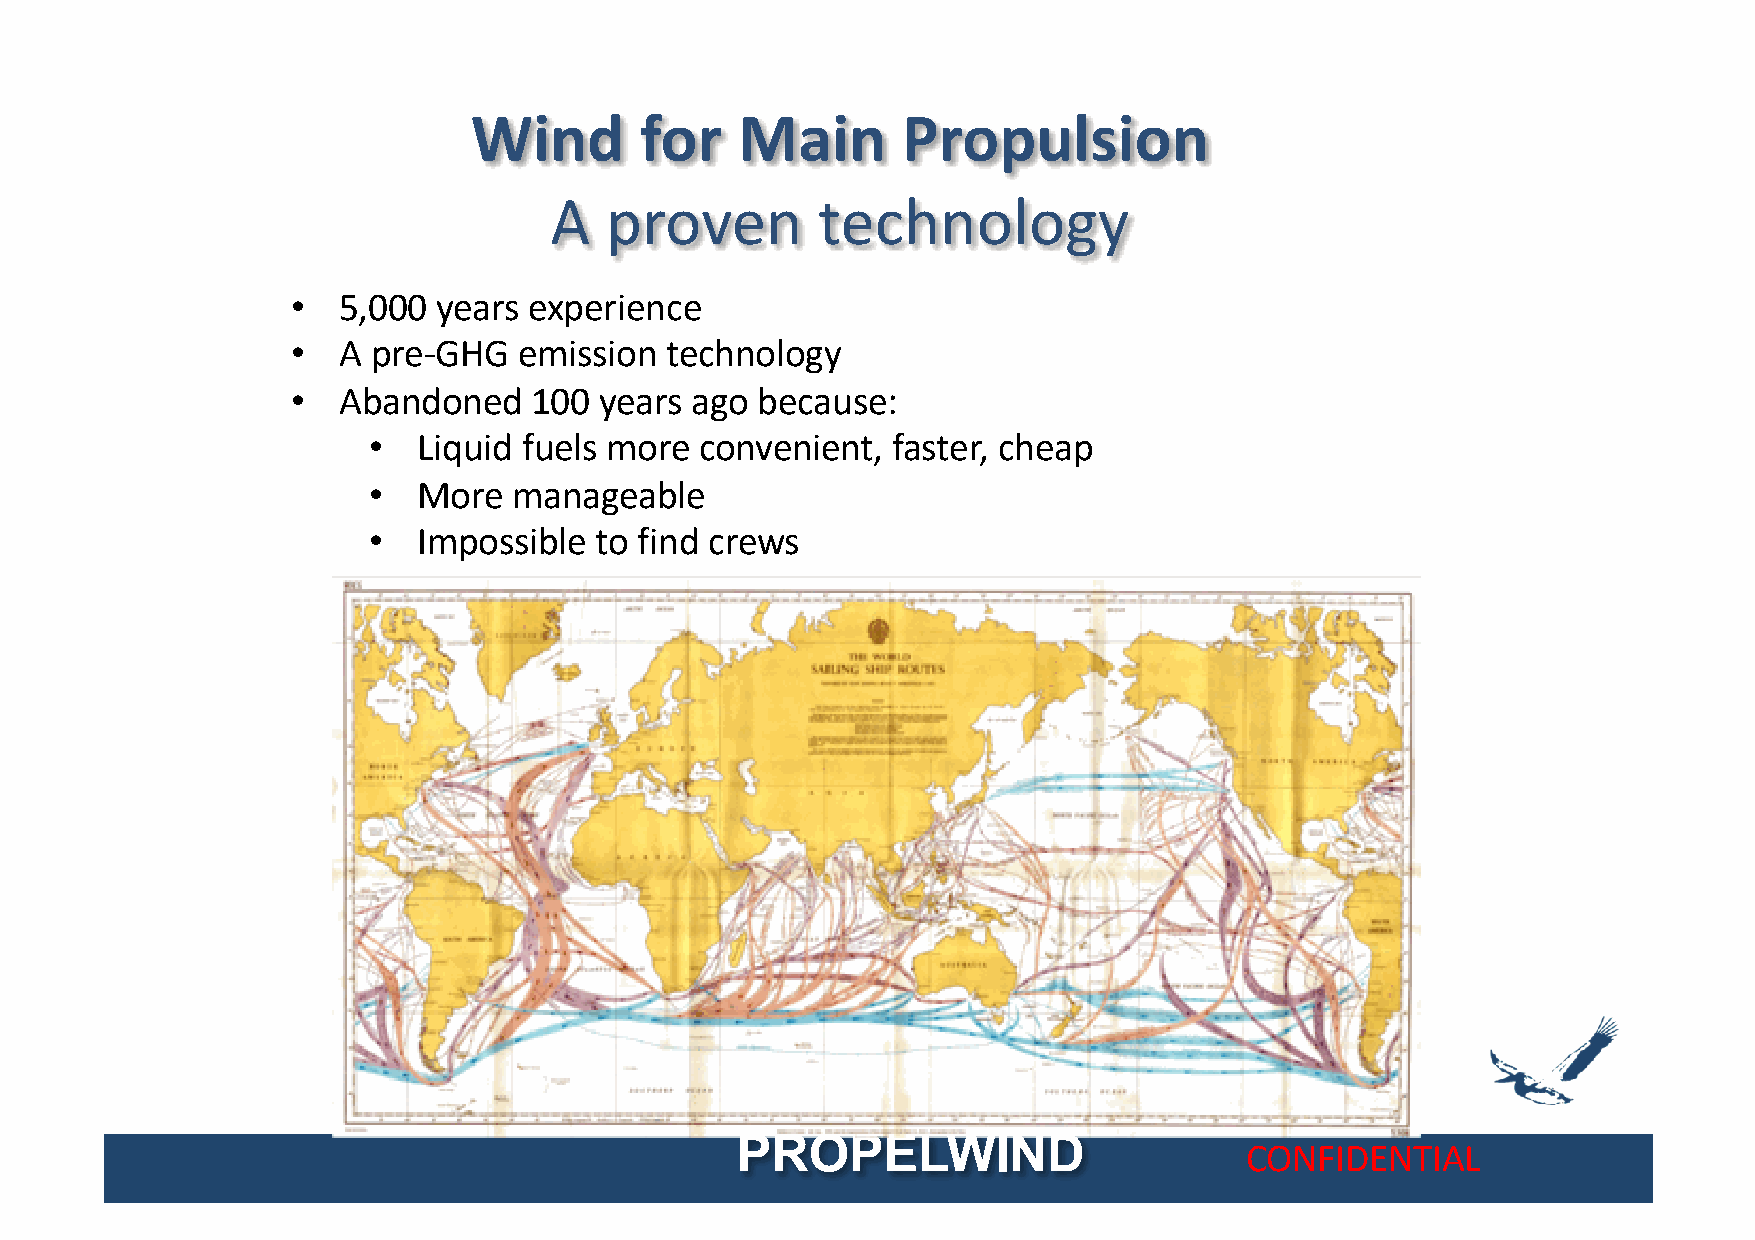
Wind       for    Main       Propulsion
 A   proven        technology
 •  5,000  years experience
 •  A  pre-GHG  emission  technology
 •  Abandoned    100  years ago because:
 •   Liquid fuels more convenient,  faster, cheap
 •   More  manageable
 •   Impossible to find crews
 PROPELWIND
 CONFIDENTIAL